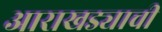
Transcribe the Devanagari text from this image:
आराखड्याची